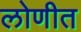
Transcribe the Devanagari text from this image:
लोणीत